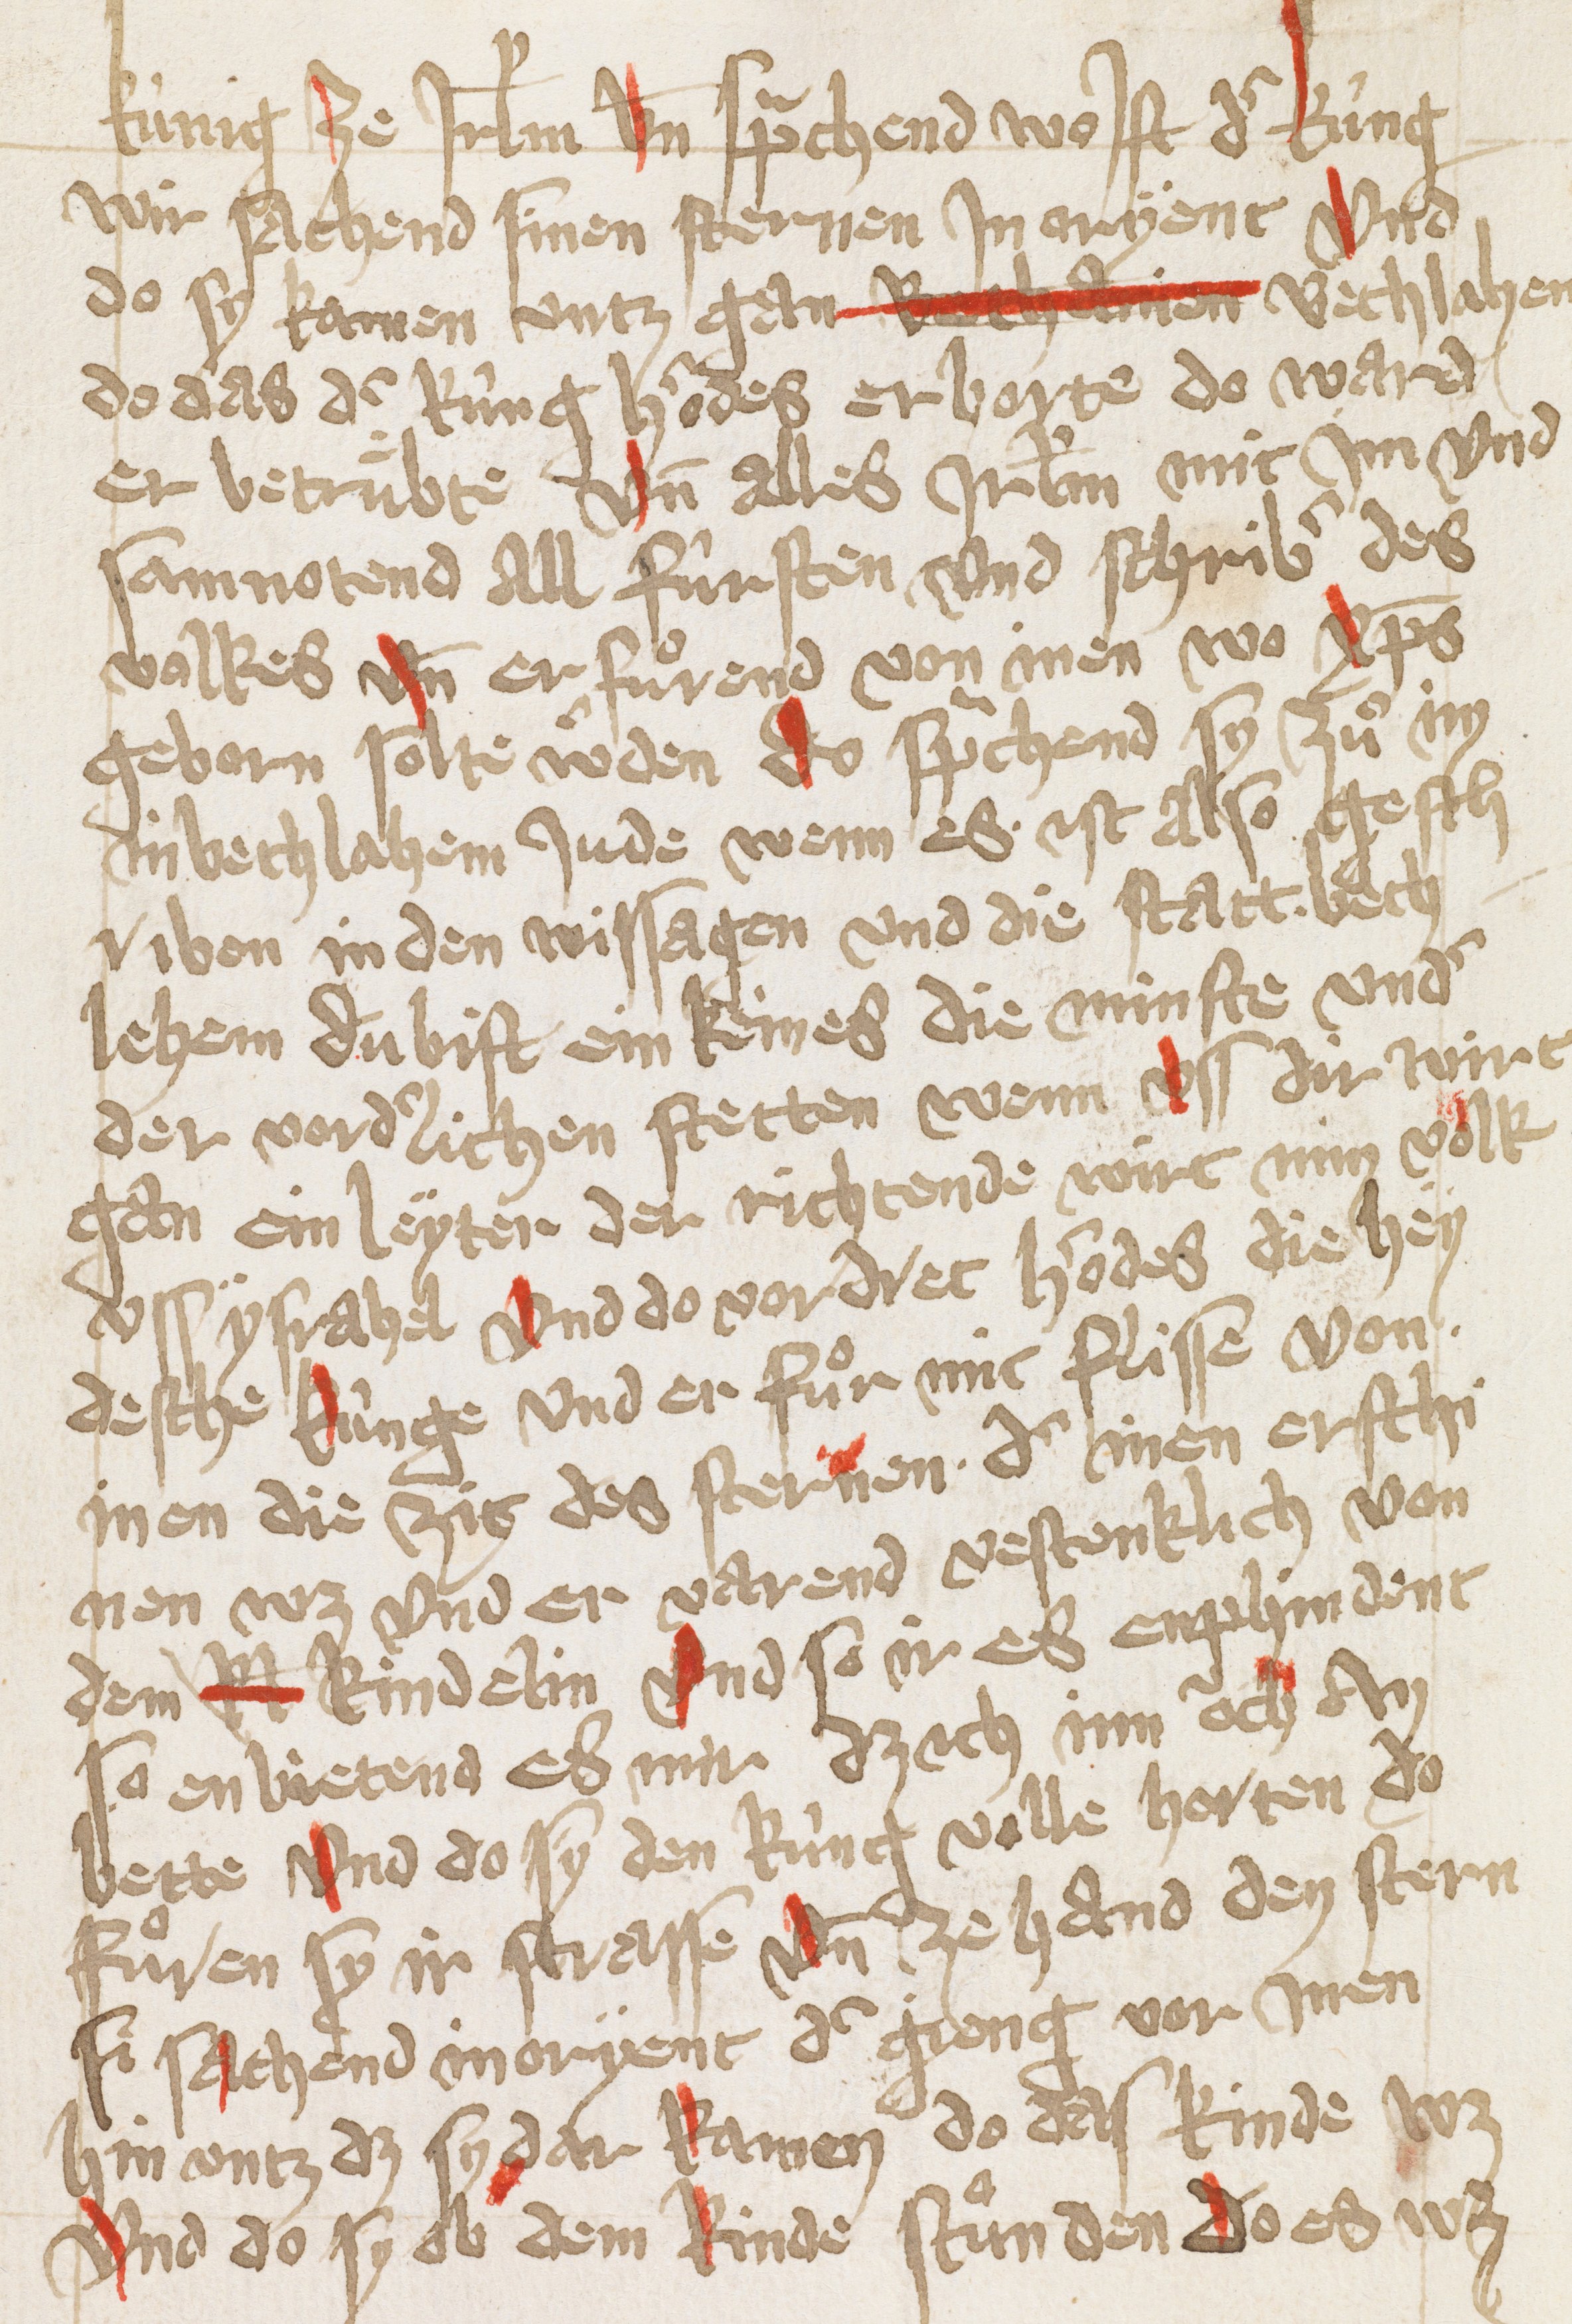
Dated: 1432–1432